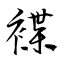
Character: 褋